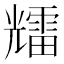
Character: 𱏰